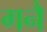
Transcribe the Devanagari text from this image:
गनै